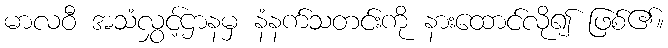
မာလဝီ အသံလွှင့်ဌာနမှ နံနက်သတင်းကို နားထောင်လို၍ ဖြစ်၏။